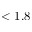
< 1 . 8